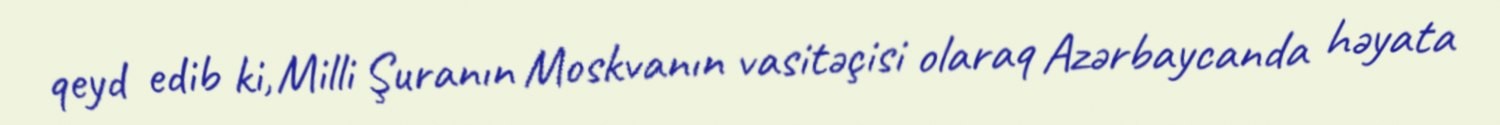
qeyd edib ki, Milli Şuranın Moskvanın vasitəçisi olaraq Azərbaycanda həyata